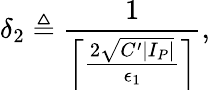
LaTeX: \delta_{2}\triangleq\frac{1}{\left\lceil\frac{2\sqrt{C^{\prime}|I_{P}|}}{\epsilon_{1}}\right\rceil},